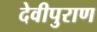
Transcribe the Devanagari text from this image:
देवीपुराण